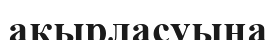
ақырласуына